Vaccination report Assam 1896-1927 - 1896-1927
Year: 1896
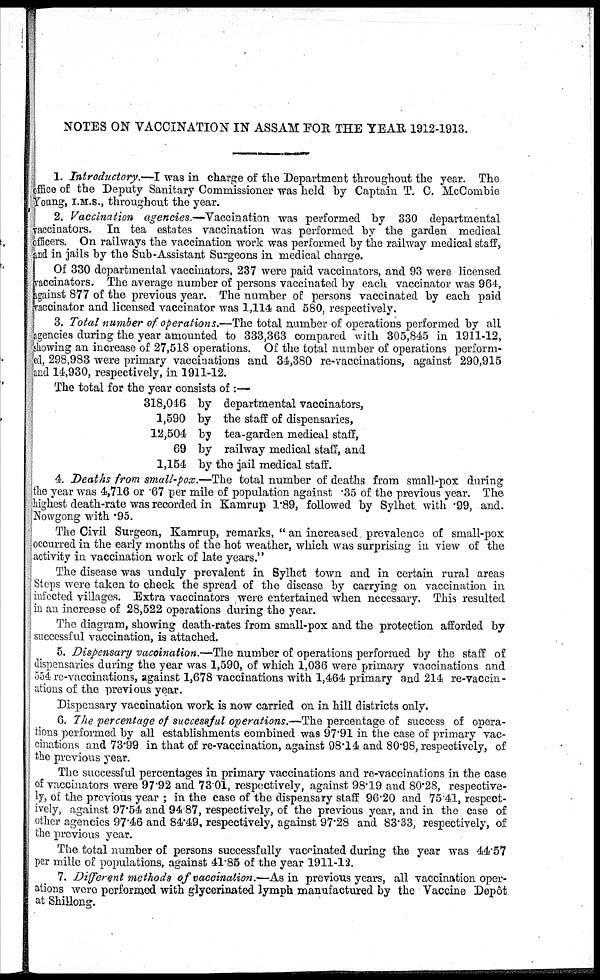
NOTES ON VACCINATION IN ASSAM FOR THE YEAR 1912-1913.
1. Introductory.—I was in charge of the Department throughout the year. The
office of the Deputy Sanitary Commissioner was held by Captain T. C. McCombie
Young, I.M.S., throughout the year.
2. Vaccination agencies.—Vaccination was performed by 330 departmental
vaccinators. In tea estates vaccination was performed by the garden medical
officers. On railways the vaccination work was performed by the railway medical staff,
and in jails by the Sub-Assistant Surgeons in medical charge.
Of 330 departmental vaccinators, 237 were paid vaccinators, and 93 were licensed
vaccinators. The average number of persons vaccinated by each vaccinator was 964,
against 877 of the previous year. The number of persons vaccinated by each paid
vaccinator and licensed vaccinator was 1,114 and 580, respectively.
3. Total number of operations.—The total number of operations performed by all
agencies during the year amounted to 333,363 compared with 305,845 in 1911-12,
showing an increase of 27,518 operations. Of the total number of operations perform-
ed, 298,983 were primary vaccinations and 34,380 re-vaccinations, against 290,915
and 14,930, respectively, in 1911-12.
The total for the year consists of :—
318,046 by departmental vaccinators,
1,590 by the staff of dispensaries,
12,504 by tea-garden medical staff,
69 by railway medical staff, and
1,154 by the jail medical staff.
4. Deaths from small-pox.—The total number of deaths from small-pox during
the year was 4,716 or .67 per mile of population against .35 of the previous year. The
highest death-rate was recorded in Kamrup 1.89, followed by Sylhet. with .99, and.
Nowgong with .95.
The Civil Surgeon, Kamrup, remarks, " an increased prevalence of small-pox
occurred in the early months of the hot weather, which was surprising in view of the
activity in vaccination work of late years."
The disease was unduly prevalent in Sylhet town and in certain rural areas
Steps were taken to check the spread of the disease by carrying on vaccination in
infected villages. Extra vaccinators were entertained when necessary. This resulted
in an increase of 28,522 operations during the year.
The diagram, showing death-rates from small-pox and the protection afforded by
successful vaccination, is attached.
5. Dispensary vaccination.—The number of operations performed by the staff of
dispensaries during the year was 1,590, of which 1,036 were primary vaccinations and
554 re-vaccinations, against 1,678 vaccinations with 1,464 primary and 214 re-vaccin-
ations of the previous year.
Dispensary vaccination work is now carried on in hill districts only.
6. The percentage of successful operations.—The percentage of success of opera-
tions performed by all establishments combined was 97.91 in the case of primary vac-
cinations and 73.99 in that of re-vaccination, against 98.14 and 80.98, respectively, of
the previous year.
The successful percentages in primary vaccinations and re-vaccinations in the case
of vaccinators were 97.92 and 73.01, respectively, against 98.19 and 80.28, respective-
ly, of the previous year ; in the case of the dispensary staff 96.20 and 75.41, respect-
ively, against 97.54 and 94 87, respectively, of the previous year, and in the case of
other agencies 97.46 and 84.49, respectively, against 97.28 and 83.33, respectively, of
the previous year.
The total number of persons successfully vaccinated during the year was 44.57
per mille of populations, against 41.85 of the year 1911-12.
7. Different methods of vaccination.—As in previous years, all vaccination oper-
ations were performed with glycerinated lymph manufactured by the Vaccine Depôt
at Shillong.